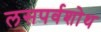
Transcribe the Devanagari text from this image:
लसपर्वशोथ